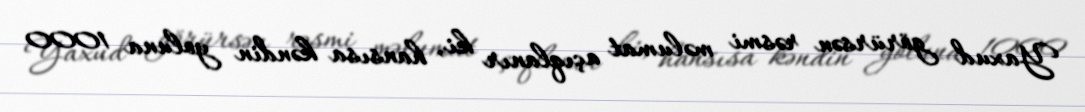
Yaxud görürsən rəsmi məlumat açıqlanır ki, hansısa kəndin yoluna 1000